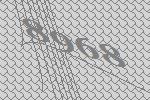
8968